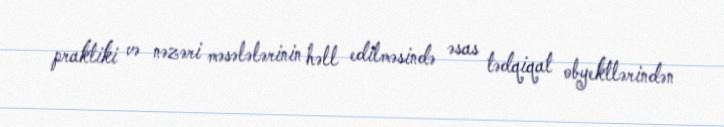
praktiki və nəzəri məsələlərinin həll edilməsində əsas tədqiqat obyektlərindən